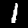
Label: 1